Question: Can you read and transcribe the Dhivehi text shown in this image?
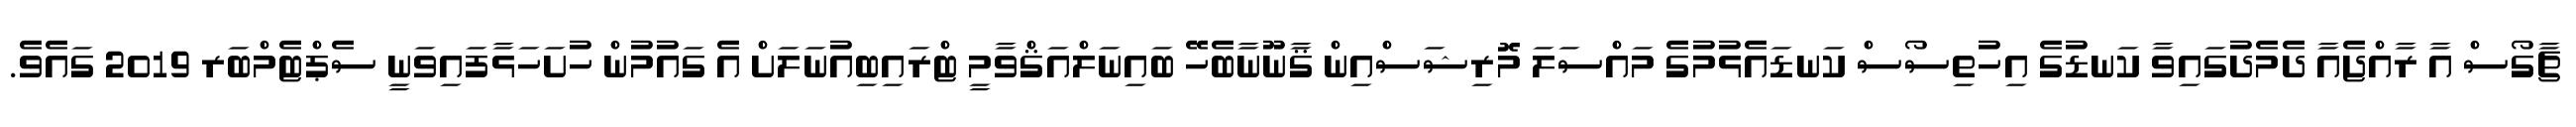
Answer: ޗާގޯސް އާ ރާއްޖެއާ ދެމެދުގައިވާ ކަނޑުގެ އިހުތިސޯސް ކަނޑައެޅުމުގެ މައްސަލަ މޮރިޝަސްއިން ޤާނޫނާބެހޭ ބައިނަލްއަޤްވާމީ ޓްރައިބިއުނަލަށް އެ ގައުމުން ހުށަހަޅާފައިވަނީ ސެޕްޓެމްބަރ 2019 ގައެވެ.